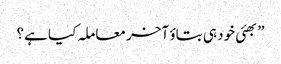
”بھئی خود ہی بتاؤ آخر معاملہ کیا ہے؟